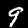
Digit: 9